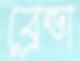
ব্রেন্ডা